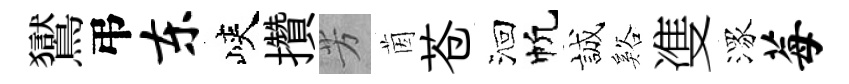
鸑弔东峽攢芳茵苍洄帆誠谿㕠潈莓